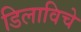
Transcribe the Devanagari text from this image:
डिलाविचे